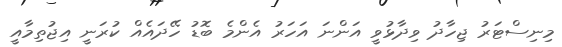
މިނިސްޓަރު ޖިހާދު ވިދާޅުވީ އަންނަ އަހަރު އެންމެ ބޮޑު ހޭދައެއް ކުރަނީ އިޖުތިމާއީ